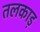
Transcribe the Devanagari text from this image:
तलकाड़